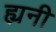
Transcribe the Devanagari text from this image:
ह्यनी